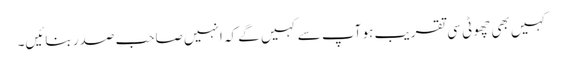
کہیں بھی چھوٹی سی تقریب ہو آپ سے کہیں گے کہ انہیں صاحبِ صدر بنائیں۔